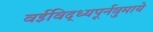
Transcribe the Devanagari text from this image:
वईविद्ध्यपूर्नवुमाये